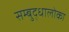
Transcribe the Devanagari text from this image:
सम्बुद्धालोका